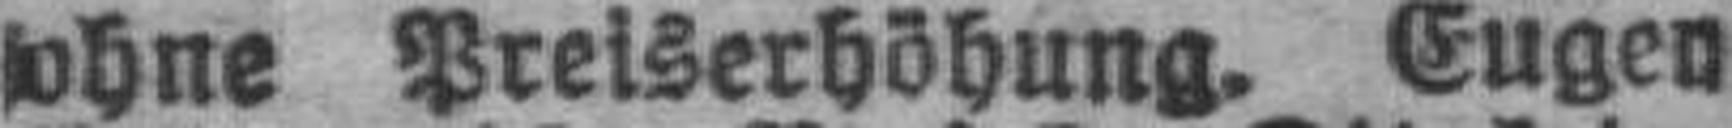
ohne Preiserhöhung. Eugen